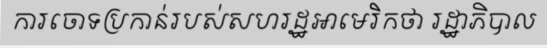
ការចោទប្រកាន់របស់សហរដ្ឋអាមេរិកថា រដ្ឋាភិបាល